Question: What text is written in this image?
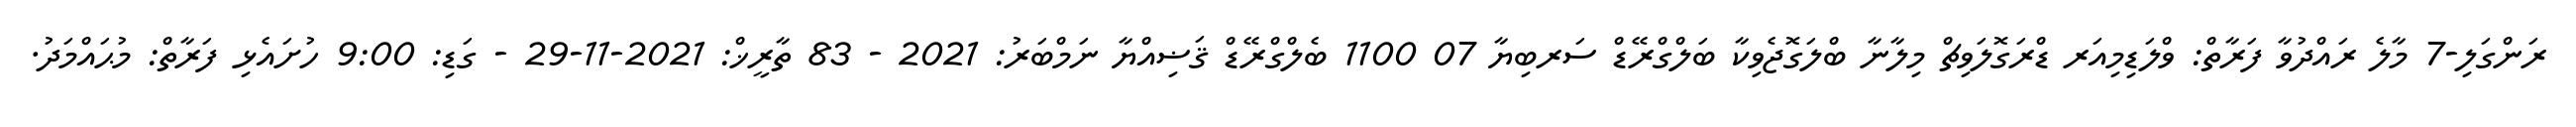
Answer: ރަންގަލި-7 މާލެ ރައްދުވާ ފަރާތް: ވްލަޑިމިއަރ ޑްރަގޮލަވިޗް މިލާނާ ބްލަގޮޖެވިކާ ބަލްގްރޭޑް ސަރބިޔާ 07 1100 ބެލްގްރޭޑް ޤަޟިއްޔާ ނަމްބަރު: 2021 - 83 ތާރީޚް: 2021-11-29 - ގަޑި: 9:00 ހުށައެޅި ފަރާތް: މުޙައްމަދު.